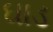
ઘાડ